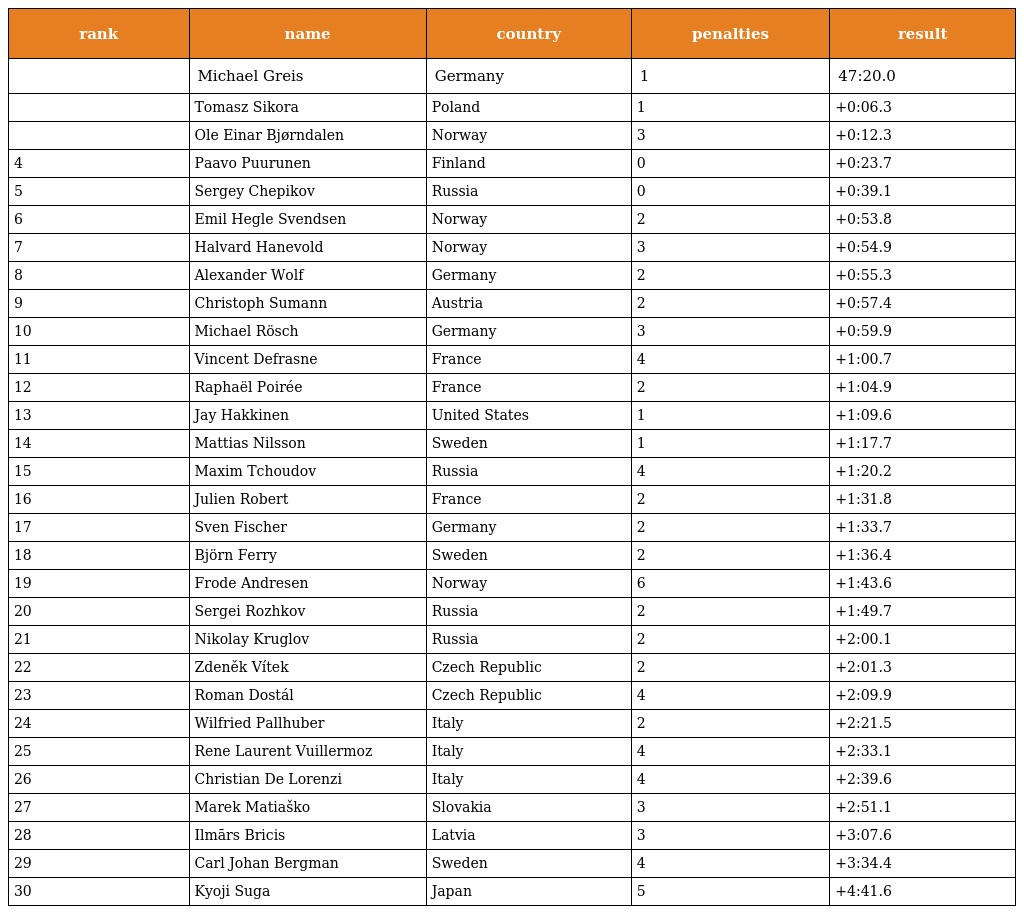
| rank | name | country | penalties | result |
 | --- | --- | --- | --- | --- |
 |  | Michael Greis | Germany | 1 | 47:20.0 |
 |  | Tomasz Sikora | Poland | 1 | +0:06.3 |
 |  | Ole Einar Bjørndalen | Norway | 3 | +0:12.3 |
 | 4 | Paavo Puurunen | Finland | 0 | +0:23.7 |
 | 5 | Sergey Chepikov | Russia | 0 | +0:39.1 |
 | 6 | Emil Hegle Svendsen | Norway | 2 | +0:53.8 |
 | 7 | Halvard Hanevold | Norway | 3 | +0:54.9 |
 | 8 | Alexander Wolf | Germany | 2 | +0:55.3 |
 | 9 | Christoph Sumann | Austria | 2 | +0:57.4 |
 | 10 | Michael Rösch | Germany | 3 | +0:59.9 |
 | 11 | Vincent Defrasne | France | 4 | +1:00.7 |
 | 12 | Raphaël Poirée | France | 2 | +1:04.9 |
 | 13 | Jay Hakkinen | United States | 1 | +1:09.6 |
 | 14 | Mattias Nilsson | Sweden | 1 | +1:17.7 |
 | 15 | Maxim Tchoudov | Russia | 4 | +1:20.2 |
 | 16 | Julien Robert | France | 2 | +1:31.8 |
 | 17 | Sven Fischer | Germany | 2 | +1:33.7 |
 | 18 | Björn Ferry | Sweden | 2 | +1:36.4 |
 | 19 | Frode Andresen | Norway | 6 | +1:43.6 |
 | 20 | Sergei Rozhkov | Russia | 2 | +1:49.7 |
 | 21 | Nikolay Kruglov | Russia | 2 | +2:00.1 |
 | 22 | Zdeněk Vítek | Czech Republic | 2 | +2:01.3 |
 | 23 | Roman Dostál | Czech Republic | 4 | +2:09.9 |
 | 24 | Wilfried Pallhuber | Italy | 2 | +2:21.5 |
 | 25 | Rene Laurent Vuillermoz | Italy | 4 | +2:33.1 |
 | 26 | Christian De Lorenzi | Italy | 4 | +2:39.6 |
 | 27 | Marek Matiaško | Slovakia | 3 | +2:51.1 |
 | 28 | Ilmārs Bricis | Latvia | 3 | +3:07.6 |
 | 29 | Carl Johan Bergman | Sweden | 4 | +3:34.4 |
 | 30 | Kyoji Suga | Japan | 5 | +4:41.6 |